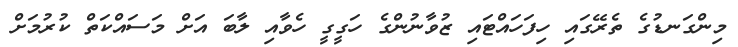
މިންގަނޑުގެ ތެރޭގައި ހިފަހައްޓައި ޒުވާނުންގެ ހަގީގީ ހެވާއި ލާބަ އަށް މަސައްކަތް ކުރުމަށް